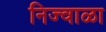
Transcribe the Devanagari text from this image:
निज्वाळा